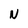
Character: N